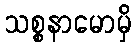
သစ္စနာမောမှိ